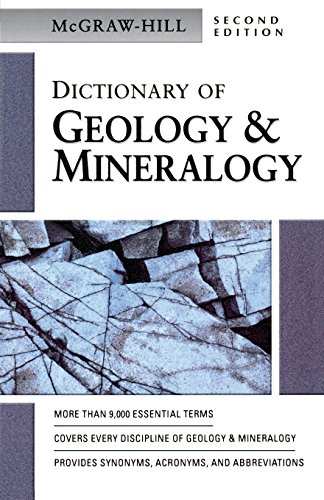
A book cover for Dictionary of Geology & Mineralogy; McGraw-Hill Education; Science & Math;